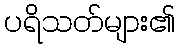
ပရိသတ်များ၏